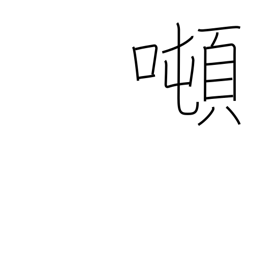
Meaning: tonnage